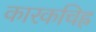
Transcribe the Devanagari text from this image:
कारकचिह्र